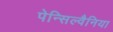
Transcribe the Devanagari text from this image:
पेन्सिल्वैनिया